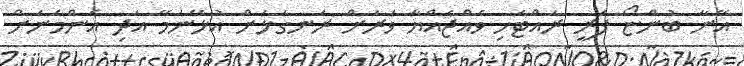
އޭނާ ބުންޏޯ ފަރީ ރައްޓެހި ވެއްޖެއްޔާ ވަރަށް ރަނގަޅަށް އުޅޭނަމޭ އަދި އެންމެނަށް